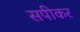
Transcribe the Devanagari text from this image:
सपीकर